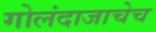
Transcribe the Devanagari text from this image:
गोलंदाजाचेच